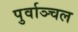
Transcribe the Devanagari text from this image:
पुर्वाञ्चल